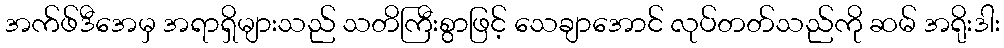
အက်ဖ်ဒီအေမှ အရာရှိများသည် သတိကြီးစွာဖြင့် သေချာအောင် လုပ်တတ်သည်ကို ဆမ် အရိုးဒါး